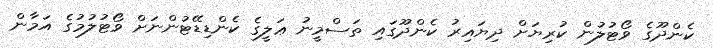
ކެންދޫގެ ވޯޓުލުން ކުރިޔަށް ދިޔައިރު ކެންދޫގައި ތަސްމީނު ޢަލީގެ ކެންޑިޑޭޓުންނަށް ވޯޓުލުމުގެ އަމާން